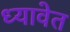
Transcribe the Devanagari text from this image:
ध्यावेत